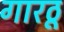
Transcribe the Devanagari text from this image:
गारठू